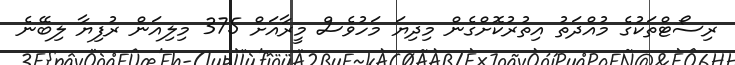
ރިސޯޓްތަކުގެ މުއްދަތު އިތުރުކޮށްގެން މިދިޔަ މަހުވެސް މީރާއަށް 375 މިލިއަން ރުފިޔާ ލިބޭނެ